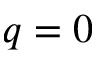
q = 0